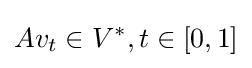
\displaystyle Av_{t}\in V^{*}\textstyle ,t\in [0,1]